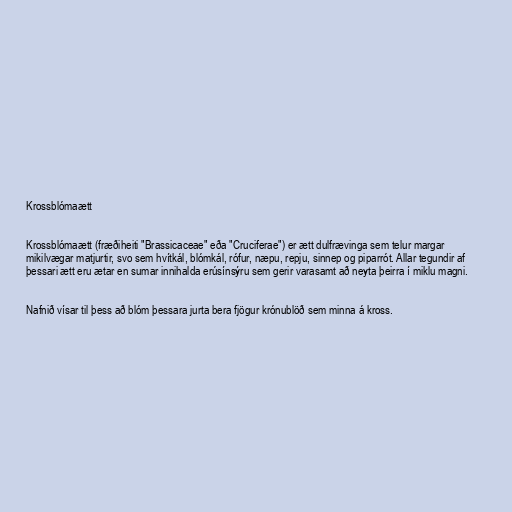
Krossblómaætt

Krossblómaætt (fræðiheiti "Brassicaceae" eða "Cruciferae") er ætt dulfrævinga sem telur margar
mikilvægar matjurtir, svo sem hvítkál, blómkál, rófur, næpu, repju, sinnep og piparrót. Allar tegundir af
þessari ætt eru ætar en sumar innihalda erúsínsýru sem gerir varasamt að neyta þeirra í miklu magni.

Nafnið vísar til þess að blóm þessara jurta bera fjögur krónublöð sem minna á kross.